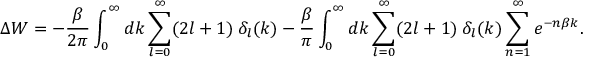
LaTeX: \Delta W = - \frac { \beta } { 2 \pi } \int _ { 0 } ^ { \infty } d k \sum _ { l = 0 } ^ { \infty } ( 2 l + 1 ) \: { \delta } _ { l } ( k ) - \frac { \beta } { \pi } \int _ { 0 } ^ { \infty } d k \sum _ { l = 0 } ^ { \infty } ( 2 l + 1 ) \: \delta _ { l } ( k ) \sum _ { n = 1 } ^ { \infty } e ^ { - n \beta k } .